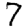
Digit: 7